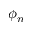
\phi _ { n }